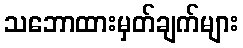
သဘောထားမှတ်ချက်များ